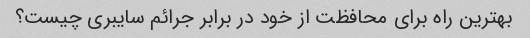
بهترین راه برای محافظت از خود در برابر جرائم سایبری چیست؟